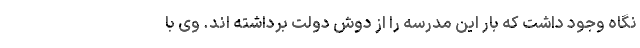
نگاه وجود داشت که بار این مدرسه را از دوش دولت برداشته اند. وی با